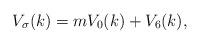
LaTeX: \begin{align*}V_{\sigma}(k) = m V_{0}(k) + V_{6}(k), \end{align*}